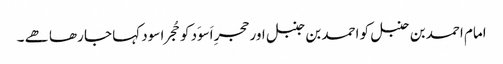
امام احمد بن حنبل کو احمد بن جنبل اور حجرِ اَسوَد کو حُجرا سود کہا جا رھا ھے ۔